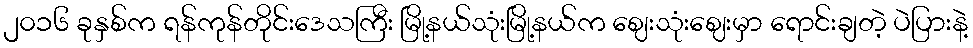
၂၀၁၆ ခုနှစ်က ရန်ကုန်တိုင်းဒေသကြီး မြို့နယ်သုံးမြို့နယ်က ဈေးသုံးဈေးမှာ ရောင်းချတဲ့ ပဲပြားနဲ့